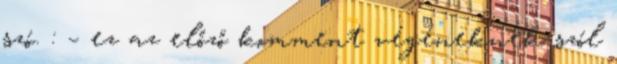
szó. : – ez az előző komment végéneknek szól